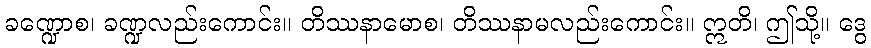
ခဏ္ဍောစ၊ ခဏ္ဍလည်းကောင်း။ တိဿနာမောစ၊ တိဿနာမလည်းကောင်း။ ဣတိ၊ ဤသို့။ ဒွေ